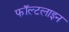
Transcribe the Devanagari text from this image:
फॉल्टलाइन